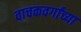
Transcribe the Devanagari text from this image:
वाचकवर्गांच्या